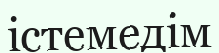
істемедім